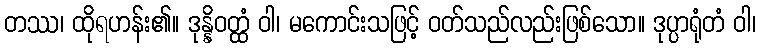
တဿ၊ ထိုရဟန်း၏။ ဒုန္နိဝတ္ထံ ဝါ၊ မကောင်းသဖြင့် ဝတ်သည်လည်းဖြစ်သော။ ဒုပ္ပာရုံတံ ဝါ၊